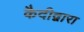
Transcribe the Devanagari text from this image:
कैदीद्वारा